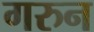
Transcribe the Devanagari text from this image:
गरुन